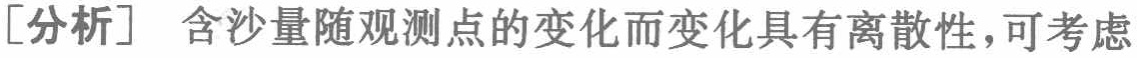
[分析] 含沙量随观测点的变化而变化具有离散性，可考虑